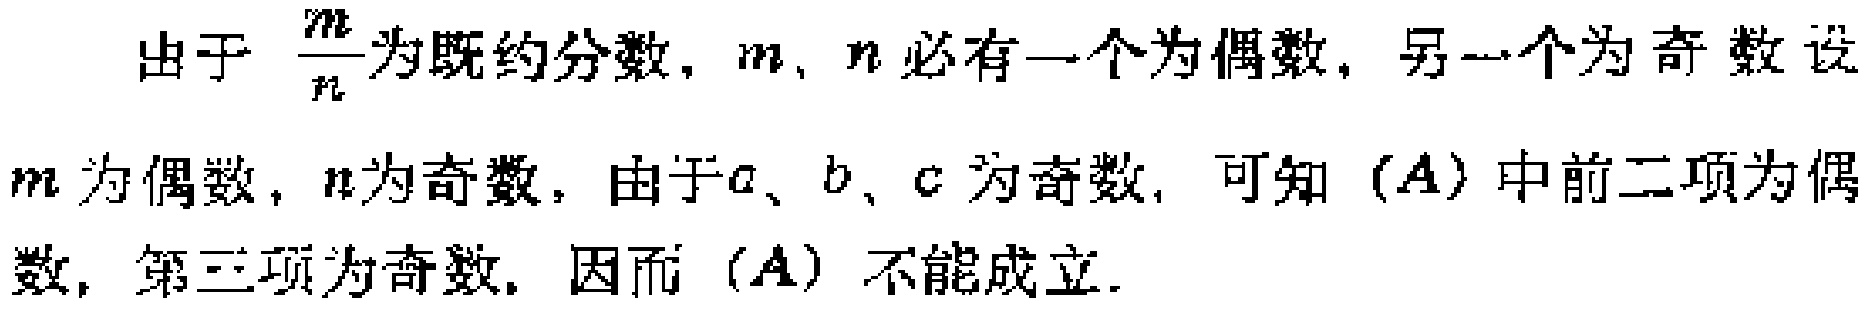
由于 $\frac{m}{n}$为既约分数，$m$、$n$ 必有一个为偶数，另一个为奇数设$m$ 为偶数，$n$为奇数，由于$a$、$b$、$c$ 为奇数，可知$(A)$中前二项为偶数，第三项为奇数．因而$(A)$ 不能成立．